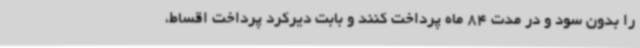
را بدون سود و در مدت 84 ماه پرداخت کنند و بابت دیرکرد پرداخت اقساط،